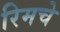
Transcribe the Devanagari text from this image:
रिमचे